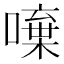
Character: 𠾍